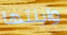
وابنتها